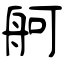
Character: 舸